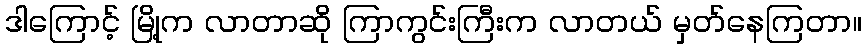
ဒါကြောင့် မြို့က လာတာဆို ကြာကွင်းကြီးက လာတယ် မှတ်နေကြတာ။